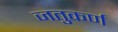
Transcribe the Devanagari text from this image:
जतुकर्ण